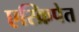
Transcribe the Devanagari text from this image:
एस्क्रिपेत